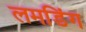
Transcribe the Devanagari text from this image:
लमडिंग